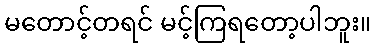
မတောင့်တရင် မင့်ကြရတော့ပါဘူး။